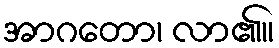
အာဂတော၊ လာ၏။